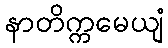
နာတိက္ကမေယျံ